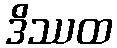
ဒိဿထ